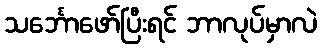
သင်္ဘောဖော်ပြီးရင် ဘာလုပ်မှာလဲ